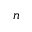
_ n